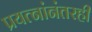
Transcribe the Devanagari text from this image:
प्रयत्नांनंतरही